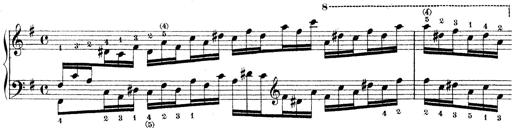
Title: Technische Studien
Composer: Franz Liszt